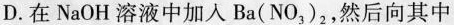
D.在NaOH溶液中加入Ba(NO_{3})_{2}，然后向其中